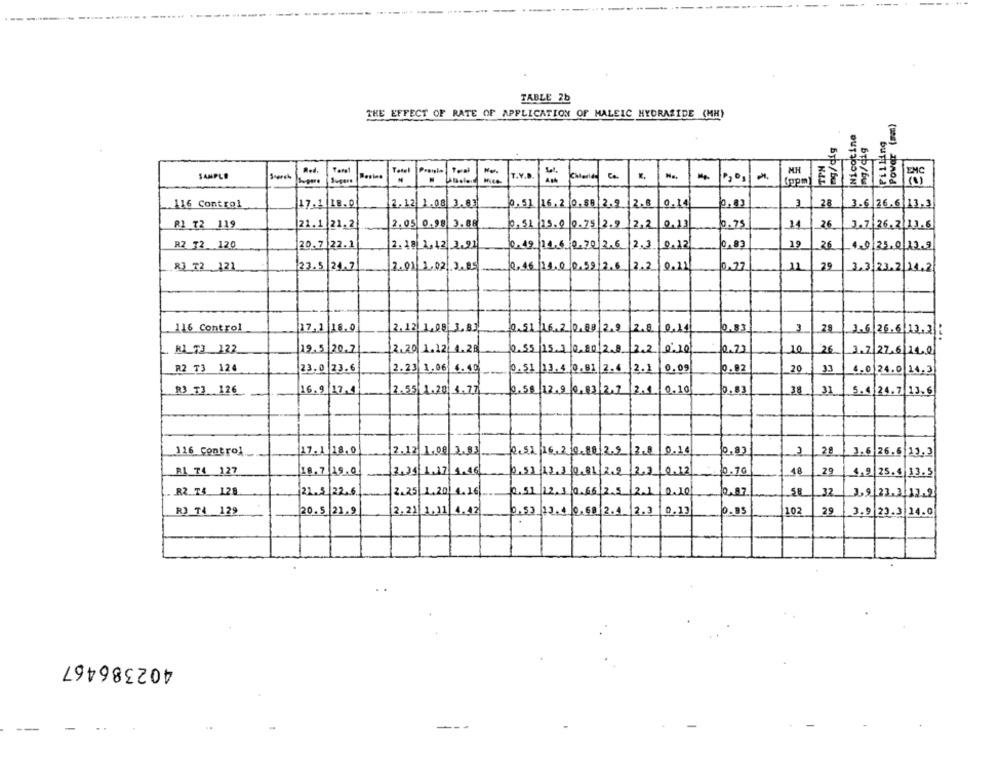
TABLE 2b
THE EFFECT OF RATE OF APPLICATION OF MALEIC HYDRAZIDE (MM)
Power (ma)
Nicotine
TIN
MH
SAMPLE
Red.
Tetel
T.V.D.
Sopm
BUTTT14
116 Control
47.1 1B. 0
2.12 1.08 3.83
0. 51 16. 2 0.88 2.9 2.8
0,14
0.03
1
28
3.6 26.6 13.3
21.1 21.2
2.05 0.98 3.88
0,52 15.0 0.75 2.9
12,2
0,33
0.73
26
2.7 26.2 13.6
19
26
R2 72. 120
20.7 22.1
2.18 1,12.2.91
0.49 14.6 0.70 2.6
2.3 0.12
10.83
1-0,23.0 12.9
23.5 21.7
2.01 1.02.3.85
0,55 11.0 0.59 2.6
2.2 0.11
29
83 72 121
0.27
11
3,3,23.2 21.2
3
.116 Control
17.1|18.0
2.12 1,08 1.B
2.51 16.2 0.88.2.2
2.8 0,14
0.33
28
3.6 26.6 12.21
R1 73 122
12.5/20.2
2.20 1.12 4.28
0.55 15,1 0,80 2.8 |2.2 0'10
10.23
10
26
1.2 27,6 24.0
R2 T3 124
23.0 23.6
2.23 1.06 6.90
0.51 13.4 0.81 2.4 2.1
0.09
0.02
20
3.3
4.0 24.0 14.3
R3 T3 126
16.9 17.1
2.55 1.20 1.77
0.58 12,9 0,83 2.7 2.1 0.10
0.83
38
31
5.4 24.7 13.6
116 control
17.1|18.0
2.12 1.08 2.93
2.52 16,2 0.10 2.9 2
0.14
10.33
28
.6 26.6 13.3
18
29
18.7 19.0
2.71 1,37 1.46
0.33 13.3 0.81 2.2 2.2 0.12
10.70
1,2/25.4 13.5
R2 74 128
22.5 22.
2.25 1.20 4.16
0.51 12. 3 0.66 2.5 2.1 0.10
58
37
3.9 23.3 12.2
20.5 23.9
2.21 1,11 4.42
_0.53 13. 4 0.68 2.4 2.3 0.13
102
3.9 22.3 14.0
402386467
--